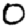
Digit: 0